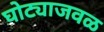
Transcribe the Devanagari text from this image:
घोट्याजवळ